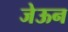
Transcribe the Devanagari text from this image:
जेऊन